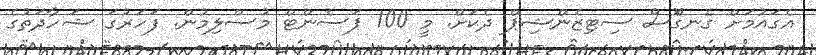
އެގައުމަށް ގެނގްޮސް ސިޓިޒެންޝިޕް ދެކަށް. މީ 100 ޕަސެންޓް މުސްލިމުން. ފަހަރުގަ ޝަހާދަތުގެ